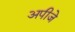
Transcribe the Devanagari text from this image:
अपीजे